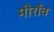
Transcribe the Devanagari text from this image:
मीराँव